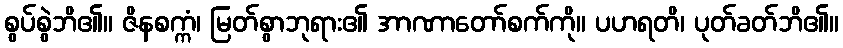
စွပ်စွဲဘိ၏။ ဇိနစက္ကံ၊ မြတ်စွာဘုရား၏ အာဏာတော်စက်ကို။ ပဟရတိ၊ ပုတ်ခတ်ဘိ၏။